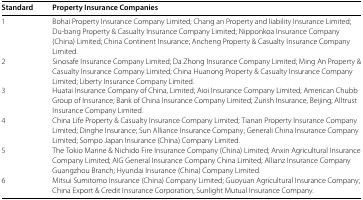
<table><thead><tr><td><b>Standard</b></td><td><b>Property Insurance Companies</b></td></tr></thead><tbody><tr><td>1</td><td>Bohai Property Insurance Company Limited; Chang an Property and liability Insurance Limited; Du-bang Property &amp; Casualty Insurance Company Limited; Nipponkoa Insurance Company (China) Limited; China Continent Insurance; Ancheng Property &amp; Casualty Insurance Company Limited.</td></tr><tr><td>2</td><td>Sinosafe Insurance Company Limited; Da Zhong Insurance Company Limited; Ming An Property &amp; Casualty Insurance Company Limited; China Huanong Property &amp; Casualty Insurance Company Limited; Liberty Insurance Company Limited.</td></tr><tr><td>3</td><td>Huatai Insurance Company of China, Limited; Aioi Insurance Company Limited; American Chubb Group of Insurance; Bank of China Insurance Company Limited; Zurish Insurance, Beijing; Alltrust Insurance Company Limited.</td></tr><tr><td>4</td><td>China Life Property &amp; Casualty Insurance Company Limited; Tianan Property Insurance Company Limited; Dinghe Insurance; Sun Alliance Insurance Company; Generali China Insurance Company Limited; Sompo Japan Insurance (China) Company Limited.</td></tr><tr><td>5</td><td>The Tokio Marine &amp; Nichido Fire Insurance Company (China) Limited; Anxin Agricultural Insurance Company Limited; AIG General Insurance Company China Limited; Allianz Insurance Company Guangzhou Branch; Hyundai Insurance (China) Company Limited.</td></tr><tr><td>6</td><td>Mitsui Sumitomo Insurance (China) Company Limited; Guoyuan Agricultural Insurance Company; China Export &amp; Credit Insurance Corporation; Sunlight Mutual Insurance Company.</td></tr></tbody></table>